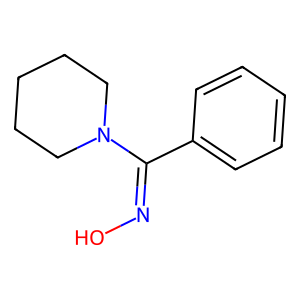
SMILES: ON=C(c1ccccc1)N1CCCCC1
Inhibits HIV replication: No